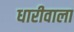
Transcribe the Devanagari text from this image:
धारीवाला